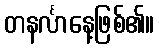
တနင်္လာနေ့ဖြစ်၏။